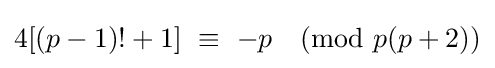
4[(p-1)!+1]\ \equiv \ -p{\pmod {p(p+2)}}